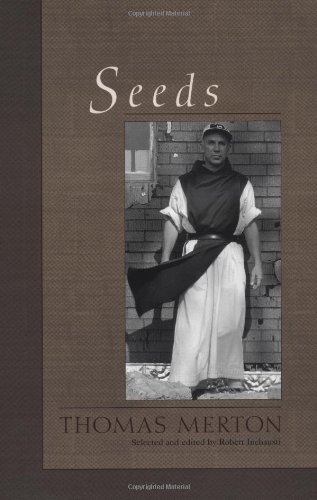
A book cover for Seeds; Thomas Merton; Christian Books & Bibles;